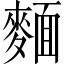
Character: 麵